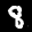
Label: 8